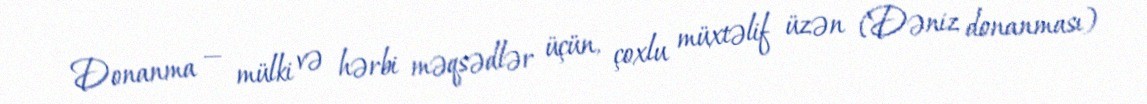
Donanma — mülki və hərbi məqsədlər üçün, çoxlu müxtəlif üzən (Dəniz donanması)